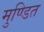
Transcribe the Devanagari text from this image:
मुण्डित